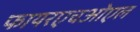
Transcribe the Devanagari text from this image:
फायरएचओएल